Annual report on the mental hospital in the Central Provinces and Berar (Nagpur) - 1927-1951
Year: 1927
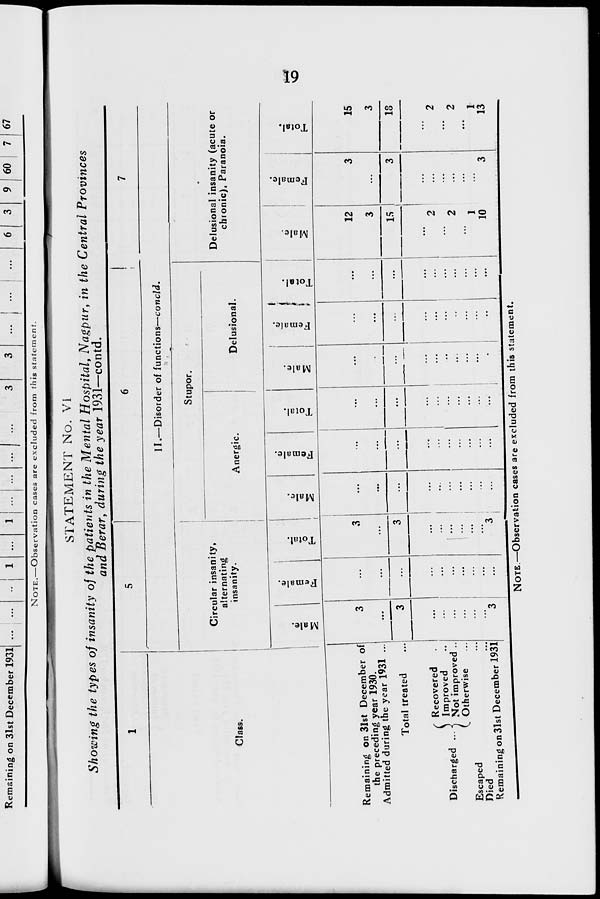
19
STATEMENT No. VI
Showing the types of insanity of the patients in the Mental Hospital, Nagpur, in the Central Provinces
and Berar, during the year 1931—contd.
1
Class.
Remaining on 31st December of
the preceding year 1930.
Admitted during the year 1931 ...
Total treated ...
Discharged ...
Recovered ...
Improved ...
Not improved ...
Otherwise ...
Escaped
...
Died
...
Remaining on 31st December 1931
5
6
7
II.—Disorder of functions—concld.
Circular insanity,
alternating
insanity.
Male.
3
...
3
...
...
...
...
...
...
3
Female.
...
...
...
...
...
...
...
...
...
...
Total.
3
...
3
...
...
...
...
...
...
3
Stupor.
Anergic.
Male.
...
...
...
...
...
...
...
...
...
...
Female.
...
...
...
...
...
...
...
...
...
...
Total.
...
...
...
...
...
...
...
...
...
...
Delusional.
Male.
...
...
...
...
...
...
...
...
...
...
Female.
...
...
...
...
...
...
...
...
...
...
Total.
...
...
...
...
...
...
...
...
...
...
Delusional insanity (acute or
chronic), Paranoia.
Male.
12
3
15
...
2
...
2
... 1
10
Female.
3
...
3
...
...
...
...
...
...
3
Total.
15
3
18
...
2
...
2
...
1
13
NOTE.—Observation cases are excluded from this statement.